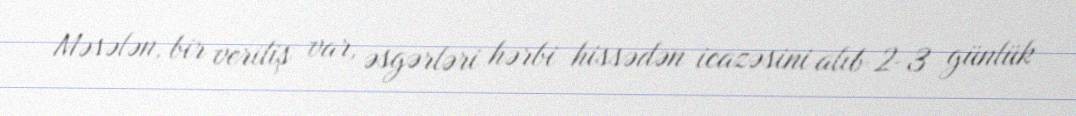
Məsələn, bir veriliş var, əsgərləri hərbi hissədən icazəsini alıb 2-3 günlük